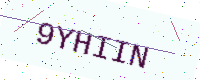
Text: 9YHIIN